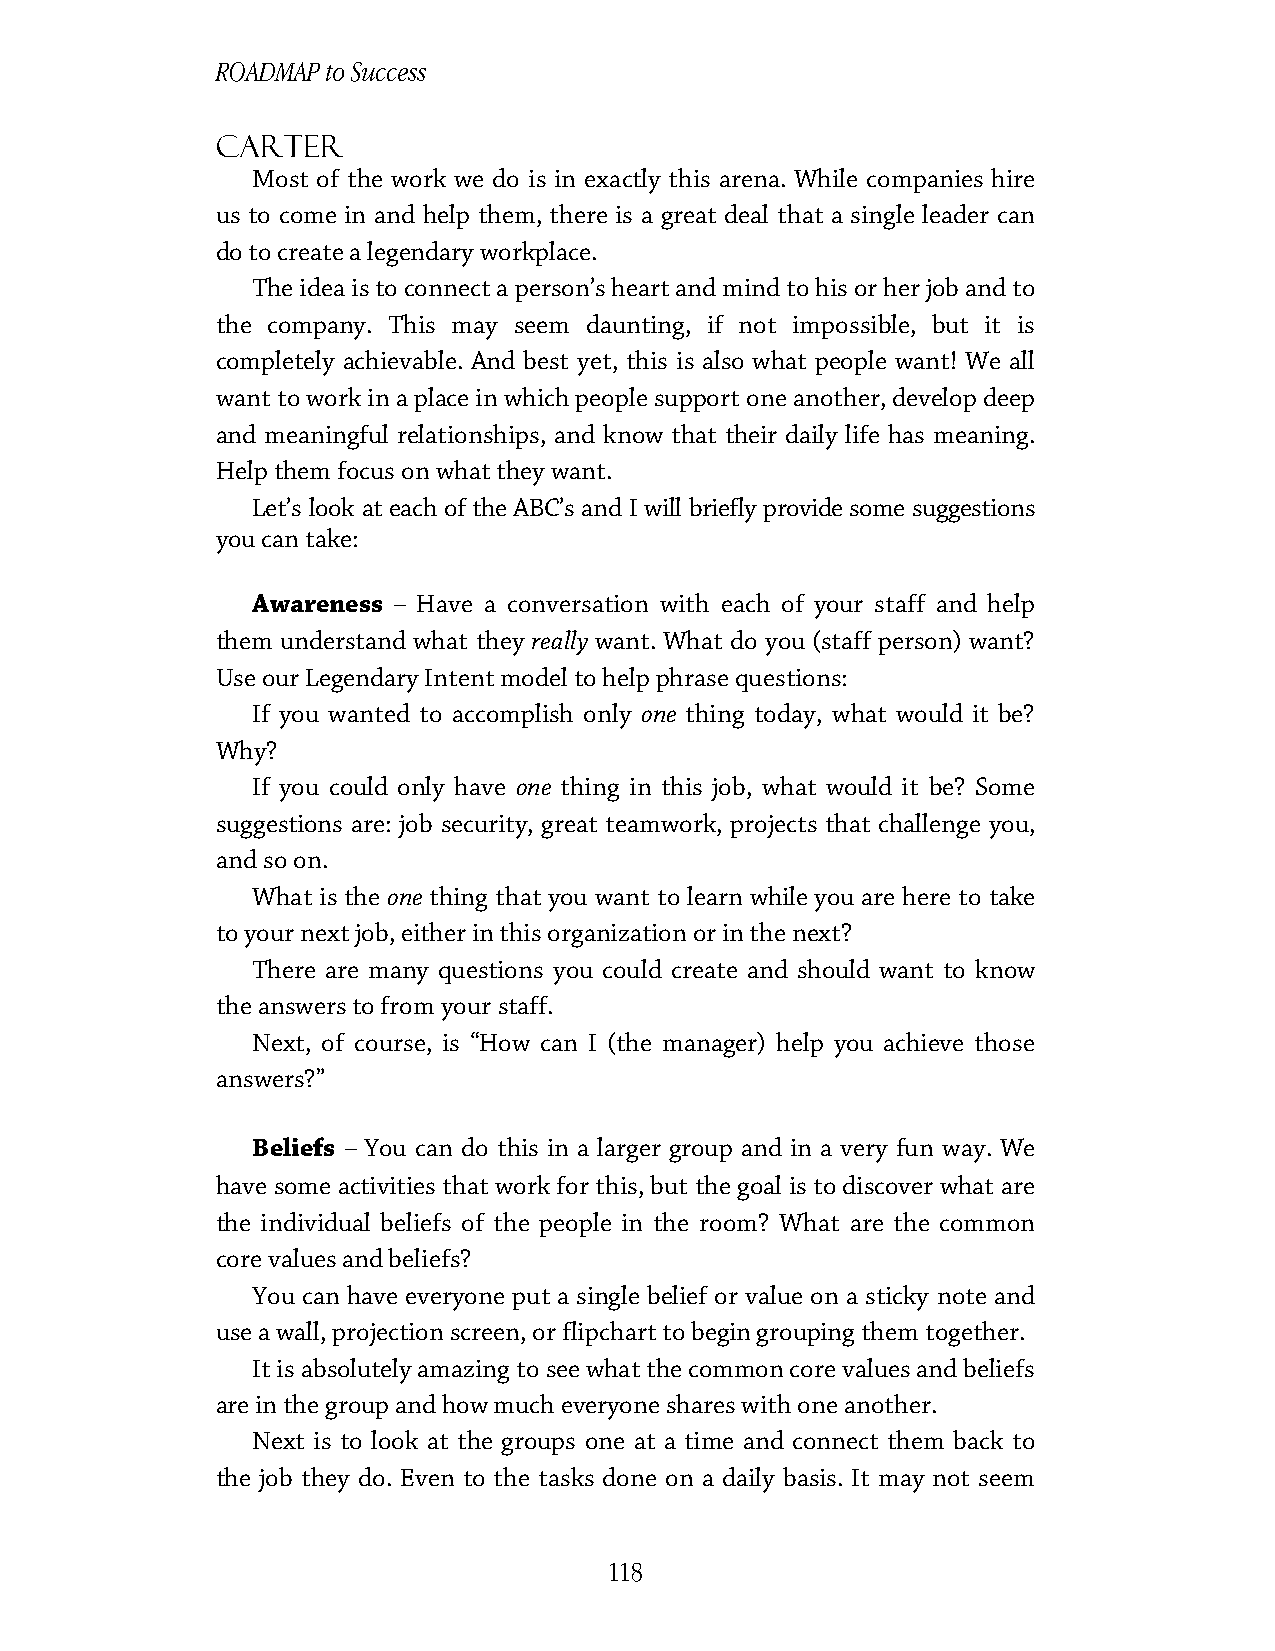
ROADMAP to Success
 Carter
 Most of the work we do is in exactly this arena. While companies hire
 us to come in and help them, there is a great deal that a single leader can
 do to create a legendary workplace.
 The idea is to connect a person’s heart and mind to his or her job and to
 the company. This may seem daunting, if not impossible, but it is
 completely achievable. And best yet, this is also what people want! We all
 want to work in a place in which people support one another, develop deep
 and meaningful relationships, and know that their daily life has meaning.
 Help them focus on what they want.
 Let’s look at each of the ABC’s and I will briefly provide some suggestions
 you can take:
 Awareness – Have a conversation with each of your staff and help
 them understand what they really want. What do you (staff person) want?
 Use our Legendary Intent model to help phrase questions:
 If you wanted to accomplish only one thing today, what would it be?
 Why?
 If you could only have one thing in this job, what would it be? Some
 suggestions are: job security, great teamwork, projects that challenge you,
 and so on.
 What is the one thing that you want to learn while you are here to take
 to your next job, either in this organization or in the next?
 There are many questions you could create and should want to know
 the answers to from your staff.
 Next, of course, is “How can I (the manager) help you achieve those
 answers?”
 Beliefs – You can do this in a larger group and in a very fun way. We
 have some activities that work for this, but the goal is to discover what are
 the individual beliefs of the people in the room? What are the common
 core values and beliefs?
 You can have everyone put a single belief or value on a sticky note and
 use a wall, projection screen, or flipchart to begin grouping them together.
 It is absolutely amazing to see what the common core values and beliefs
 are in the group and how much everyone shares with one another.
 Next is to look at the groups one at a time and connect them back to
 the job they do. Even to the tasks done on a daily basis. It may not seem
 118